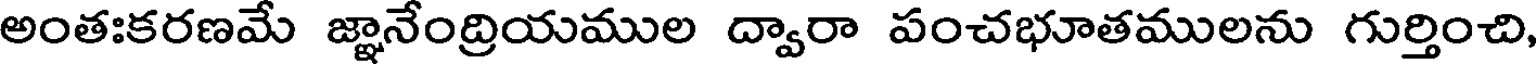
అంతఃకరణమే జ్ఞానేంద్రియముల ద్వారా పంచభూతములను గుర్తించి,